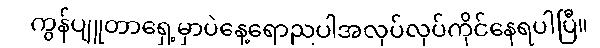
ကွန်ပျူတာရှေ့မှာပဲနေ့ရောညပါအလုပ်လုပ်ကိုင်နေရပါပြီ။